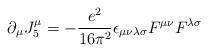
LaTeX: \begin{align*}\partial_\mu J_5^\mu=-\frac{e^2}{16\pi^2}\epsilon_{\mu\nu\lambda\sigma}F^{\mu\nu}F^{\lambda\sigma}\end{align*}